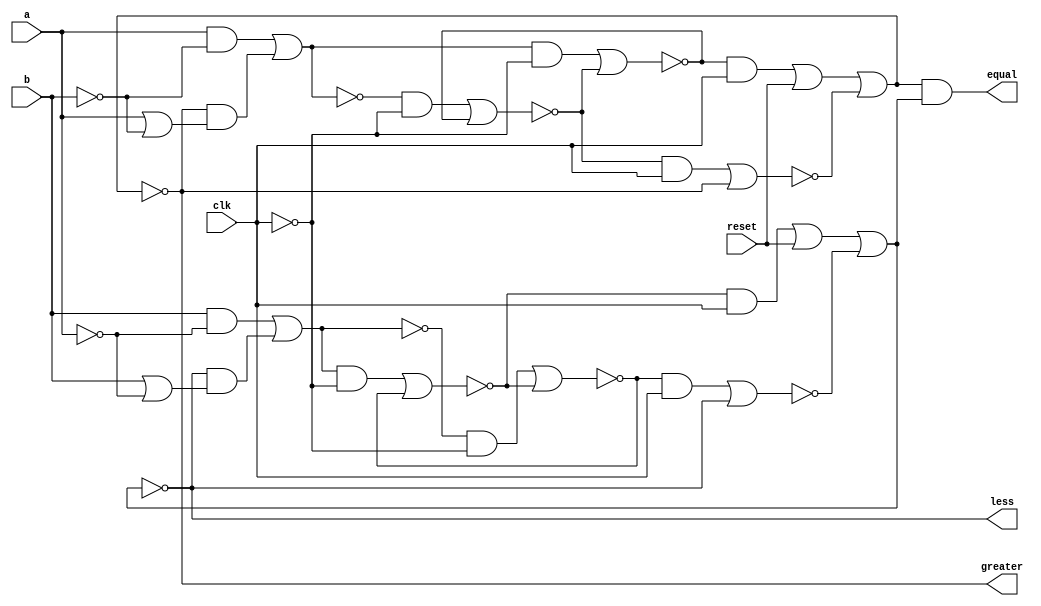
`timescale 1ns / 1ps
//////////////////////////////////////////////////////////////////////////////////
// Company: Group 5
// 
// Design Name: Serial Comparator
// Module Name: serial_comparator
// Project Name: DSD Laboratory
//////////////////////////////////////////////////////////////////////////////////


module serial_comparator(
    input clk,
    input a,
    input b,
    input reset,
    output greater,
    output equal,
    output less
    );
    
    // Assigning D0, D1
   wire D1;
   wire D0;
   wire q1;
   wire q0;
   assign D1 = (a && (~b)) || (q1 && (a || (~b)));
   assign D0 = (b && (~a)) || (q0 && (b || (~a)));
    
   // Q1 D-Flip-Flop Assignments
   wire connectorFF[7:0];
   assign connectorFF[0] = D1 && (~clk);
   assign connectorFF[1] = (~D1) && (~clk);
   assign connectorFF[2] = ~(connectorFF[0] || connectorFF[3]);
   assign connectorFF[3] = ~(connectorFF[1] || connectorFF[2]);
   assign connectorFF[4] = connectorFF[3] && clk;
   assign connectorFF[5] = connectorFF[2] && clk;
   assign connectorFF[6] = connectorFF[5] || reset;
   assign connectorFF[7] = ~(connectorFF[4] || q1);
   assign q1              = ~(connectorFF[6] || connectorFF[7]);
   
   // Q1 D-Flip-Flop Assignments
   wire connectorFF0[7:0];
   assign connectorFF0[0] = D0 && (~clk);
   assign connectorFF0[1] = (~D0) && (~clk);
   assign connectorFF0[2] = ~(connectorFF0[0] || connectorFF0[3]);
   assign connectorFF0[3] = ~(connectorFF0[1] || connectorFF0[2]);
   assign connectorFF0[4] = connectorFF0[3] && clk;
   assign connectorFF0[5] = connectorFF0[2] && clk;
   assign connectorFF0[6] = connectorFF0[5] || reset;
   assign connectorFF0[7] = ~(connectorFF0[4] || q0);
   assign q0              = ~(connectorFF0[6] || connectorFF0[7]);
   
   
   // Assigning Outputs
   assign less = q0;
   assign greater = q1;
   assign equal = (~q1) && (~q0);
endmodule